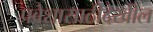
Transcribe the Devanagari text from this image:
प्रवेशासाठीदेखील